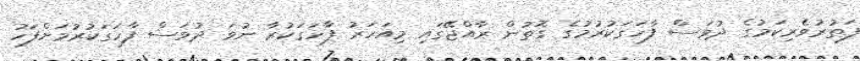
ފަތުރުވެރިކަމުގެ ދުވަސް ފާހަގަކުރުމުގެ ގޮތުން ރާއްޖޭގައި މިއަހަރު ފާހަގަކުރާ ނުވަ ދުވަސް ފާހަގަކުރުމަށްފަހު